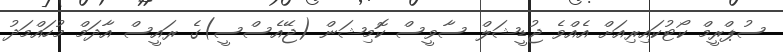
ސުޕްރީމް ކޯޓުކައިރިއަށް އެއްވެ ޖުޑީޝަލް ސާވީސް ކޮމިޝަން (ޖޭއެސްސީ)ގެ ރައީސް އާދަމް މުހައްމަދު